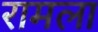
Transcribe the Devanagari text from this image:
रामला